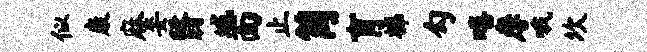
似康麻妾翳域面止筒育梯勾嘻摩哦坎